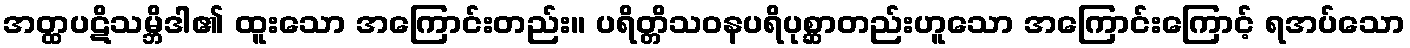
အတ္ထပဋိသမ္ဘိဒါ၏ ထူးသော အကြောင်းတည်း။ ပရိတ္တိသဝနပရိပုစ္ဆာတည်းဟူသော အကြောင်းကြောင့် ရအပ်သော